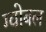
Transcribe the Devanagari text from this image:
ग्वोबल